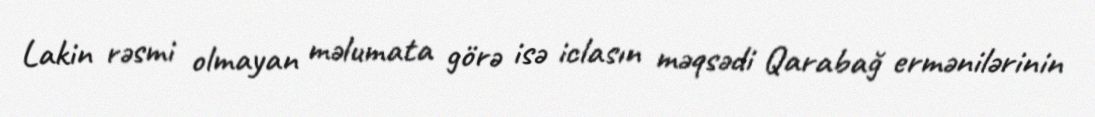
Lakin rəsmi olmayan məlumata görə isə iclasın məqsədi Qarabağ ermənilərinin